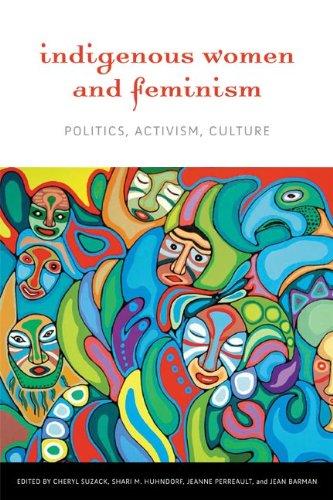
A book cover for Indigenous Women and Feminism: Politics, Activism, Culture (Women and Indigenous Studies Series); Gay & Lesbian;